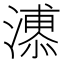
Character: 𱩊